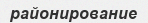
районирование